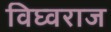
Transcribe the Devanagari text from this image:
विघ्वराज